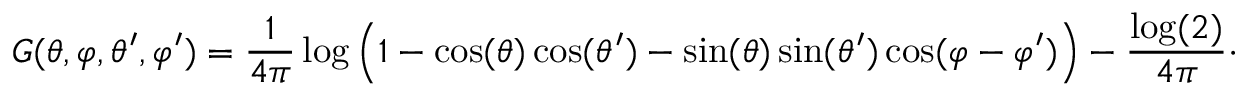
G ( \theta , \varphi , \theta ^ { \prime } , \varphi ^ { \prime } ) = \frac { 1 } { 4 \pi } \log \Big ( 1 - \cos ( \theta ) \cos ( \theta ^ { \prime } ) - \sin ( \theta ) \sin ( \theta ^ { \prime } ) \cos ( \varphi - \varphi ^ { \prime } ) \Big ) - \frac { \log ( 2 ) } { 4 \pi } \cdot